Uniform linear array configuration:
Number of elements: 48
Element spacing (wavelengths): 0.25
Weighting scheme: hann
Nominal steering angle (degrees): -60
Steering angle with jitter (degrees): -58.705
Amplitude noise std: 0.05
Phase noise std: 0.05

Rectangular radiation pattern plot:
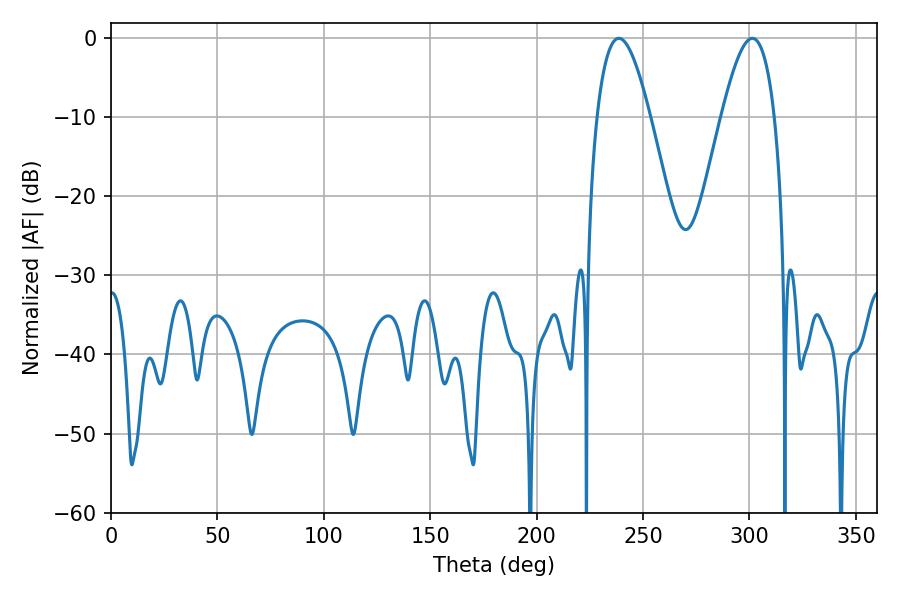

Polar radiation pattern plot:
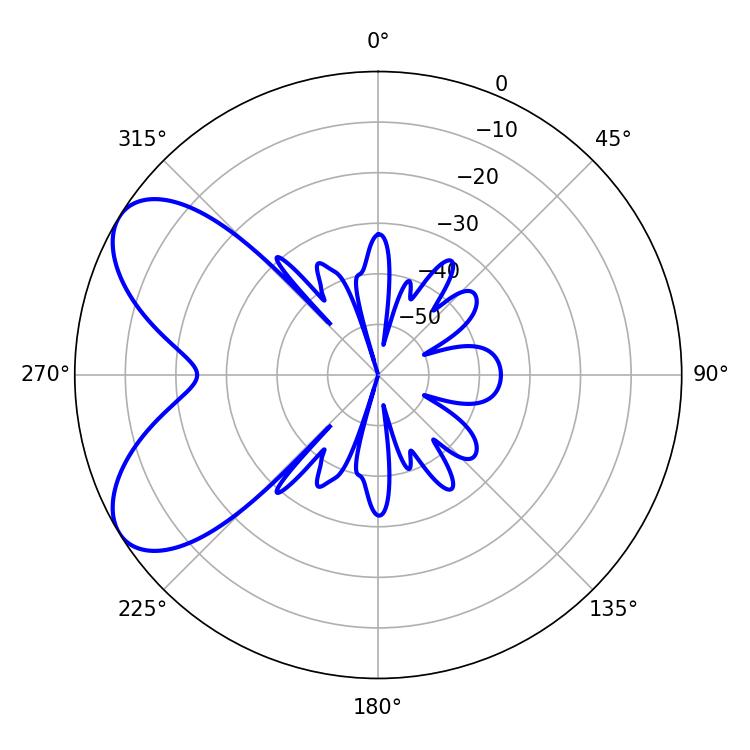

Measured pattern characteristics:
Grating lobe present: FALSE
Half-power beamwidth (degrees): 13.5
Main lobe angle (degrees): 238.68